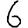
Digit: 6